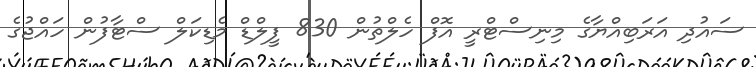
ސައުދި އަރަބިއްޔާގެ މިނިސްޓްރީ އޮފް ހެލްތުން 830 ފީލްޑް މެޑިކަލް ސްޓާފުން ހައްޖުގެ